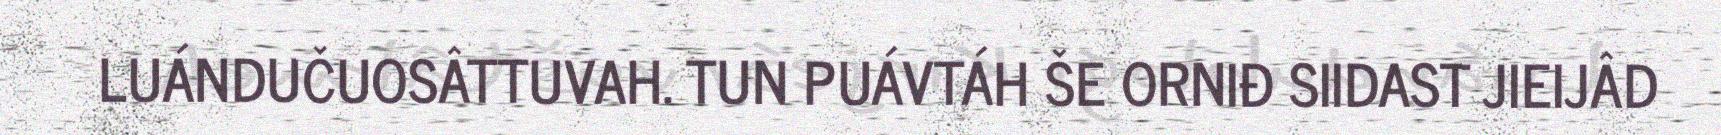
LUÁNDUČUOSÂTTUVAH. TUN PUÁVTÁH ŠE ORNIĐ SIIDAST JIEIJÂD